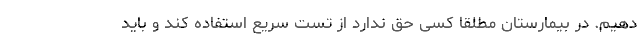
دهیم. در بیمارستان مطلقا کسی حق ندارد از تست سریع استفاده کند و باید